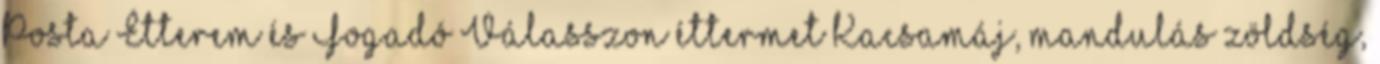
Posta Étterem és Fogadó Válasszon éttermet Kacsamáj, mandulás zöldség,